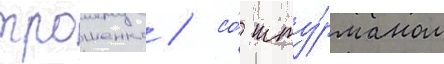
трошенко / со́ шту́рманом